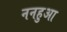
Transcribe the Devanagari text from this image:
ननहुआ